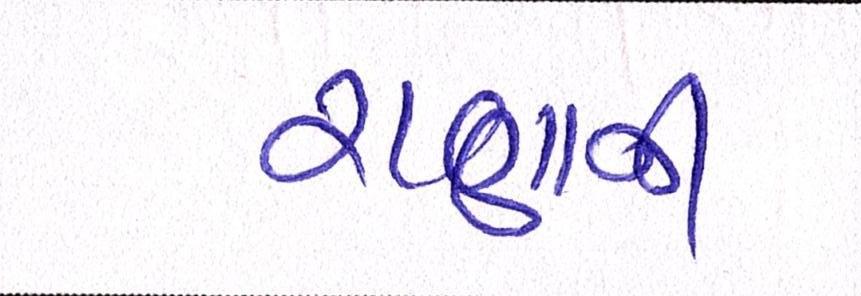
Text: રાણાની